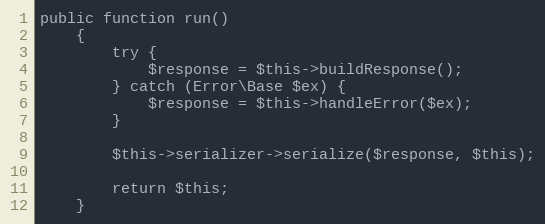
Language: PHP
public function run()
    {
        try {
            $response = $this->buildResponse();
        } catch (Error\Base $ex) {
            $response = $this->handleError($ex);
        }

        $this->serializer->serialize($response, $this);

        return $this;
    }